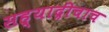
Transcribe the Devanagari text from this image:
सह्याद्रीचाच